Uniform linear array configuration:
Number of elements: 48
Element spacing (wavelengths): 1
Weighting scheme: exponential
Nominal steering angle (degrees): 15
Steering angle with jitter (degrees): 14.409
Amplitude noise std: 0.05
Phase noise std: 0.05

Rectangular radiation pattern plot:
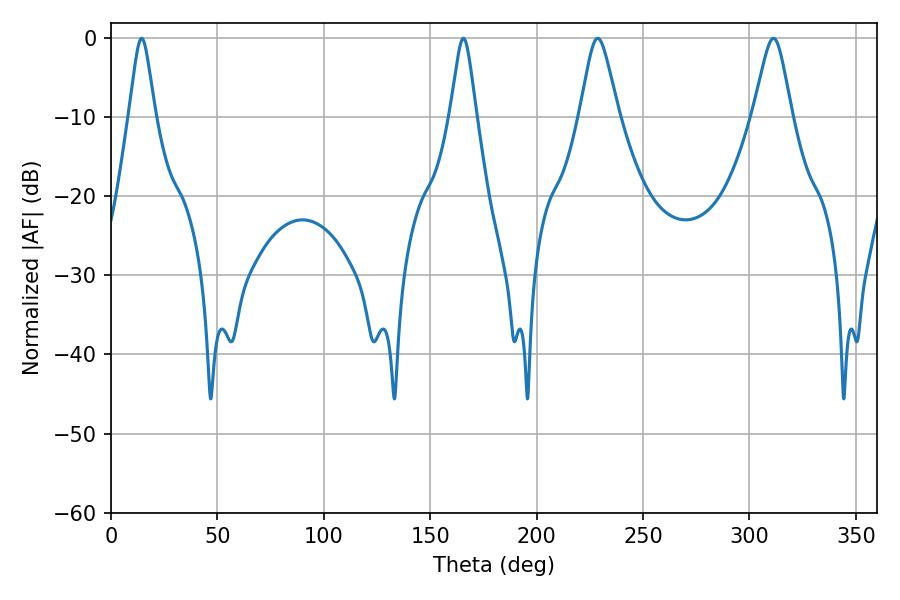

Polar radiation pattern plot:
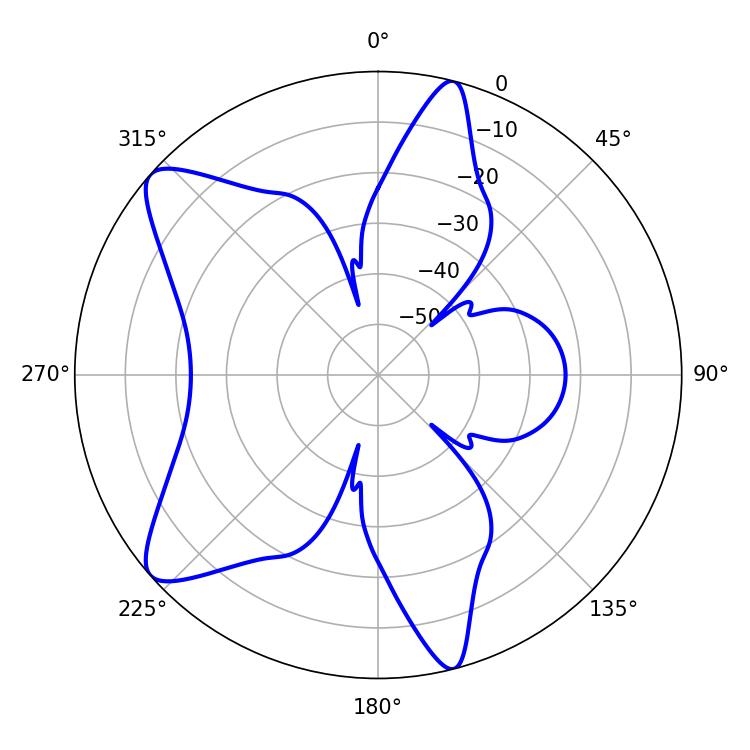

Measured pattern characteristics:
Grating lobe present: TRUE
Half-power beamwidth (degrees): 5.76
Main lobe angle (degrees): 14.4